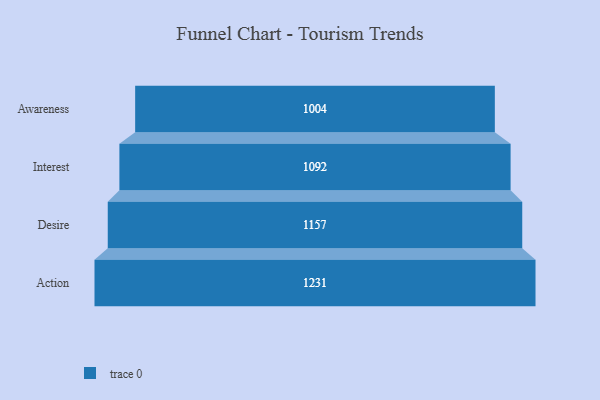
{"axis": {"x": "Stage", "y": "Value"}, "legend": [""], "data": [{"x": "Awareness", "y": 1004.0, "type": ""}, {"x": "Interest", "y": 1092.0, "type": ""}, {"x": "Desire", "y": 1157.0, "type": ""}, {"x": "Action", "y": 1231.0, "type": ""}]}